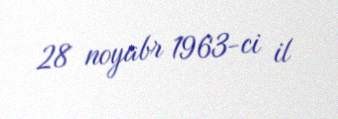
28 noyabr 1963-ci il